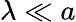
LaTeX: \lambda\ll a